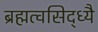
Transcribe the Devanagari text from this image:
ब्रह्मत्वसिद्ध्यै